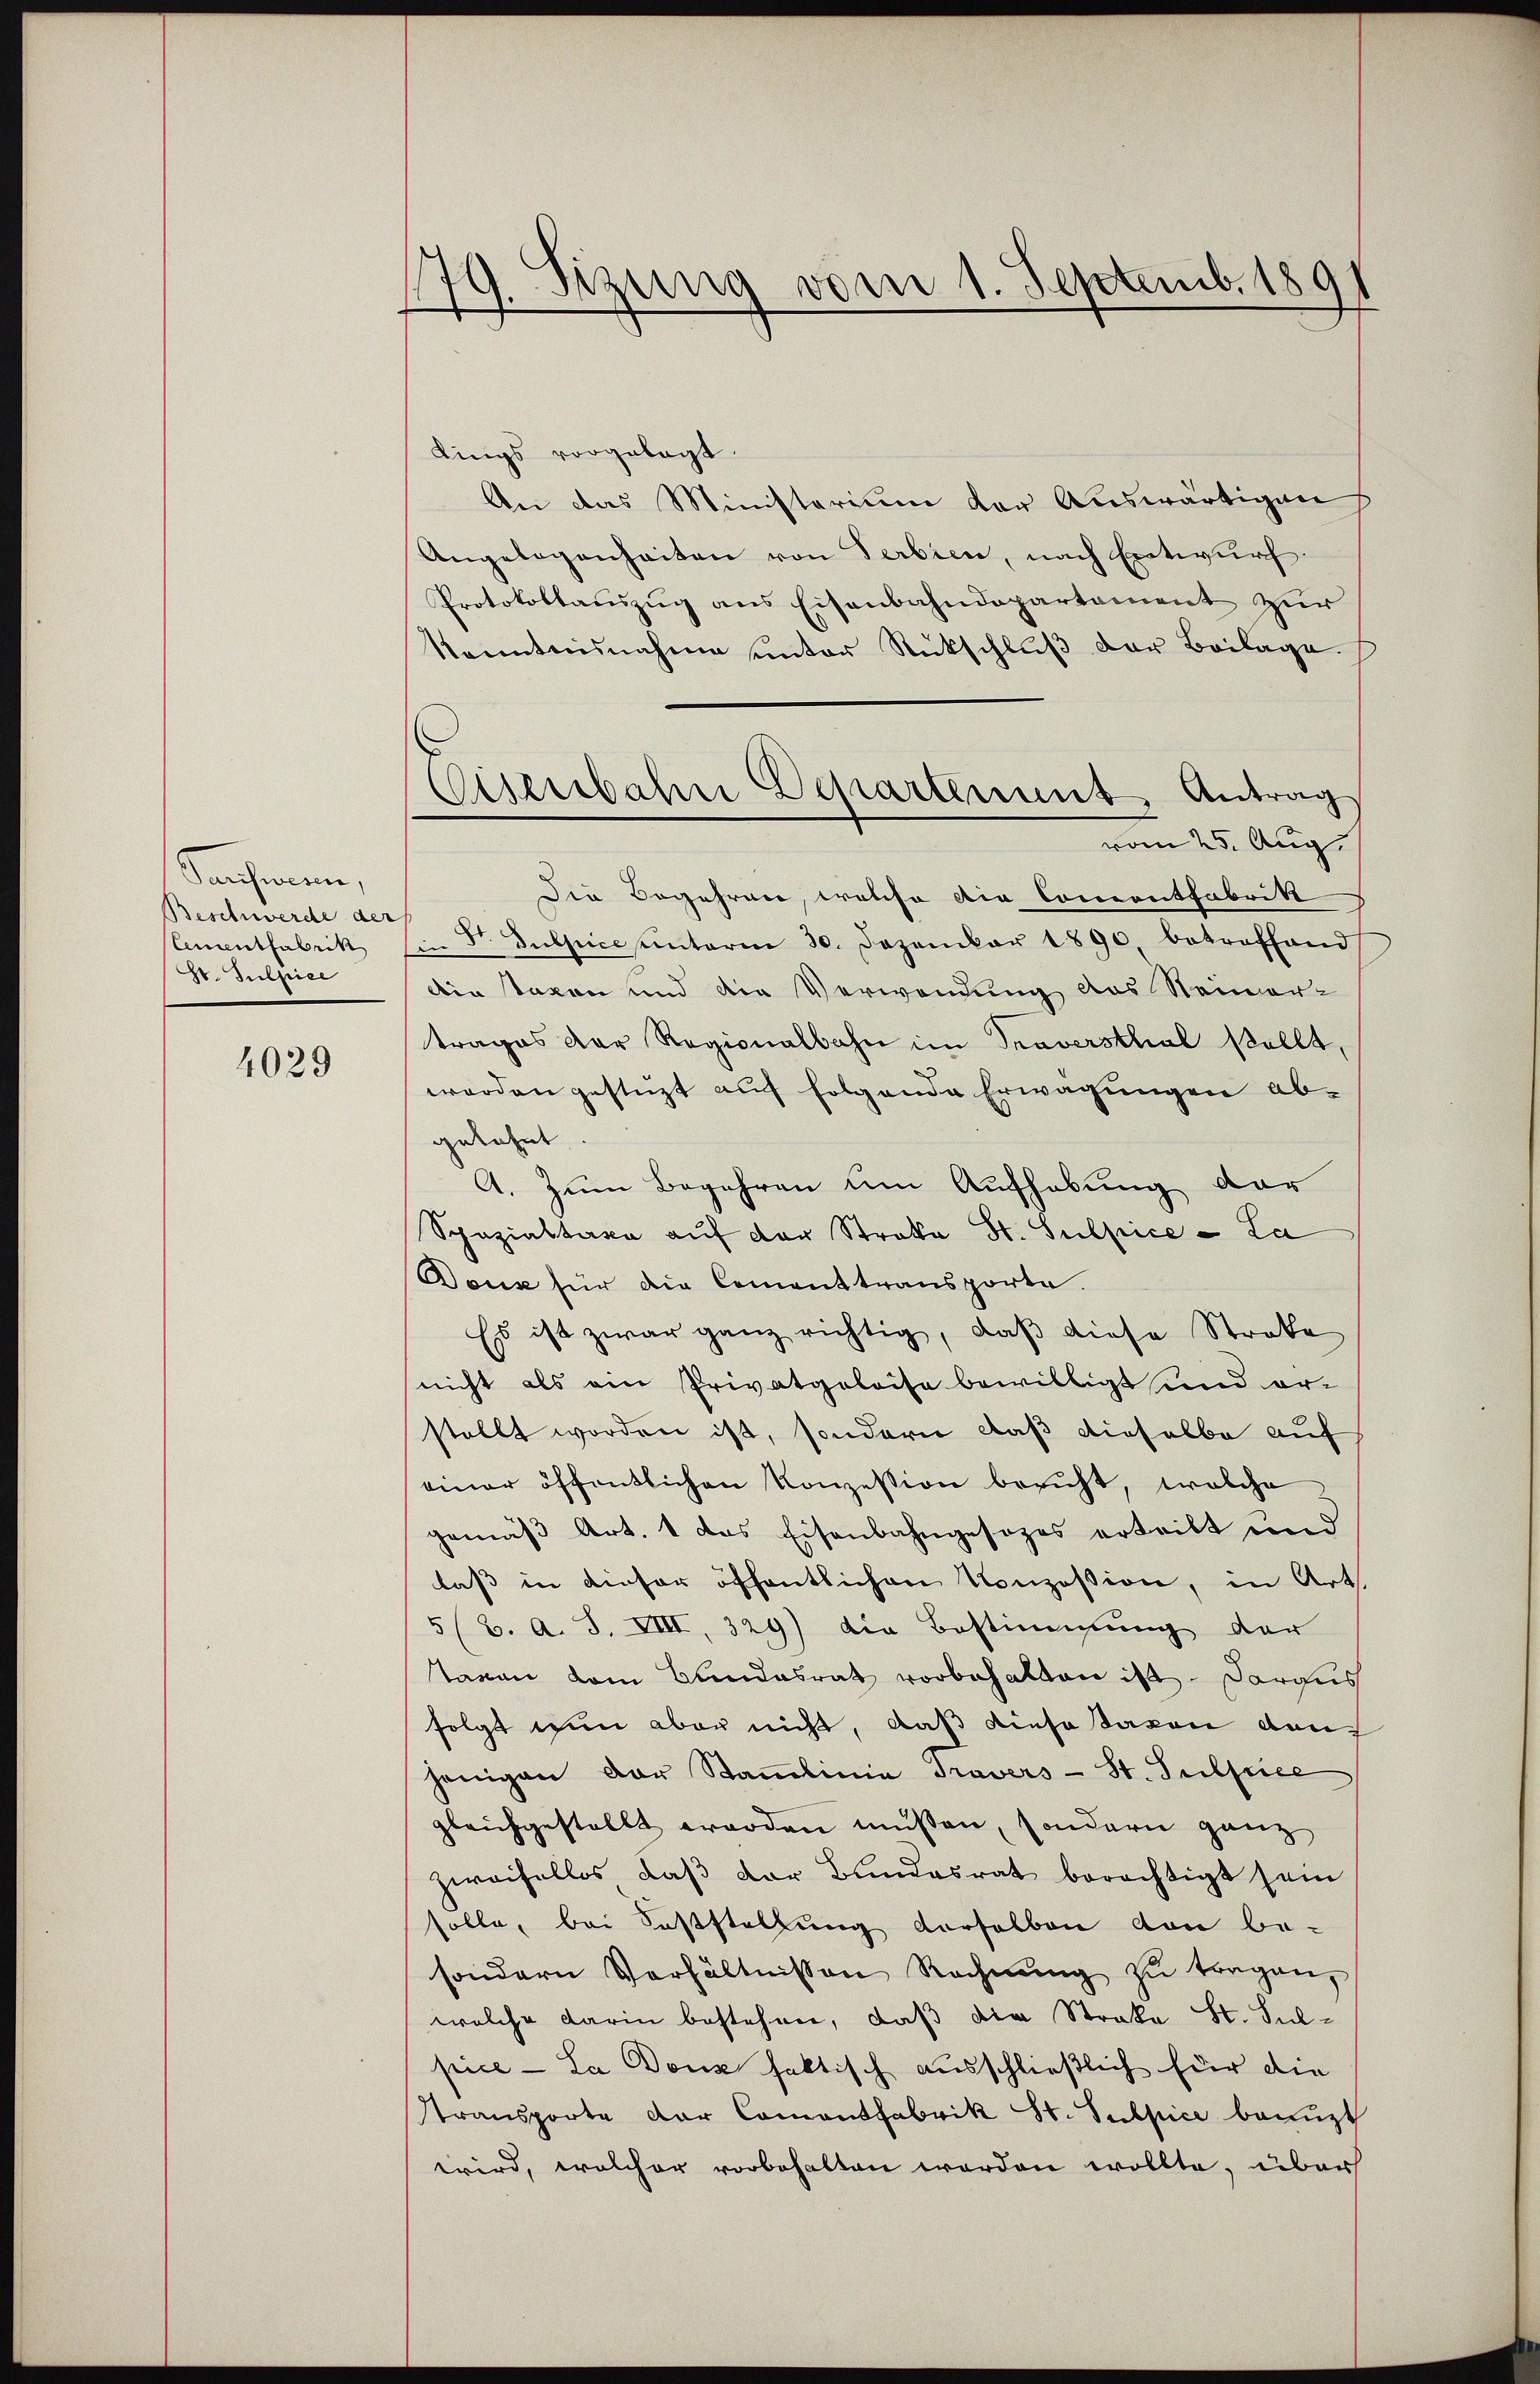
Sanchmann,
Beschwerde der
Cementfabrik
Hr. Sulpice

4029

179. Sizung vom 1. Septemb. 1891

dings vorgelegt.
An das Ministerium der Auswärtigen
Angelegenheiten von Serbien, nach Entwurf.
Protokollauszug aus Eisenbahndepartement zur
Kenntnisnahme unter Rückschlŭβ der Beilage.
vom 25. Aug.
Die Begehrner, welche die Concentfabrik
Str. Gulpicesentarin 30. Dezember 1890 betreffend
die taxen und die Verwendung des Steiner-
trages der Regionalbahn im Traversthal stellt,
werden gestüzt auf folgende Erwägungen abgelehnt.
A. Zum Begehren um Aufhebung dar
Spazialtaxe auf der Stroka St. Sulpice - La
Douz für die Cement transporte.
Es ist zwar ganz richtig, daß diese Streke
nicht als ein Privatgeleise bewilligt und or-
stellt worden ist, sondern daß dieselbe auf
einer öffentlichen Konzession beruht, welche
gemäß Art. 1 das Eisenbahngesezes erteilt und
laß in dieser öffentlichen Konzession, in Art.
5 (2. A. S. VIII, 329) die Bestimmung der
Taxen dem Bundesrath vorbehalten ist. Daraus
folgt nun aber nicht, daß diese Taxen den
jenigen der Stammlinie Travers - St. Sulpice
gleichgestellt worden müssen, sondern ganz
zweifellos, daβ der Bundesrat berechtigt sein
solle, bei Feststellung verselben von be-
sondern Verhältnissen Rechnŭng zŭ tragen,
welche darin bestehen, daß die Straka St. Sulpice - La Donz faktisch ausschließlich für die
transporte der Comantfabrik St. Subpice benuzt
wird, welcher vorbehalten werden wollte, über

Cisenbahne Departement Antrag